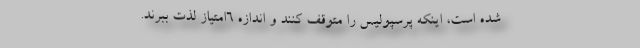
شده است، اینکه پرسپولیس را متوقف کنند و اندازه 6امتیاز لذت ببرند.